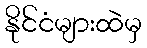
နိုင်ငံများထဲမှ